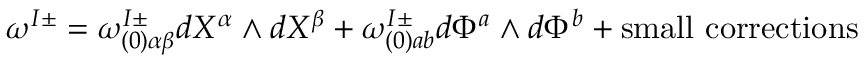
\omega ^ { I \pm } = \omega _ { ( 0 ) \alpha \beta } ^ { I \pm } d X ^ { \alpha } \wedge d X ^ { \beta } + \omega _ { ( 0 ) a b } ^ { I \pm } d \Phi ^ { a } \wedge d \Phi ^ { b } + \mathrm { s m a l l ~ c o r r e c t i o n s }